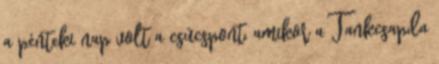
a pénteki nap volt a csúcspont, amikor a Tankcsapda